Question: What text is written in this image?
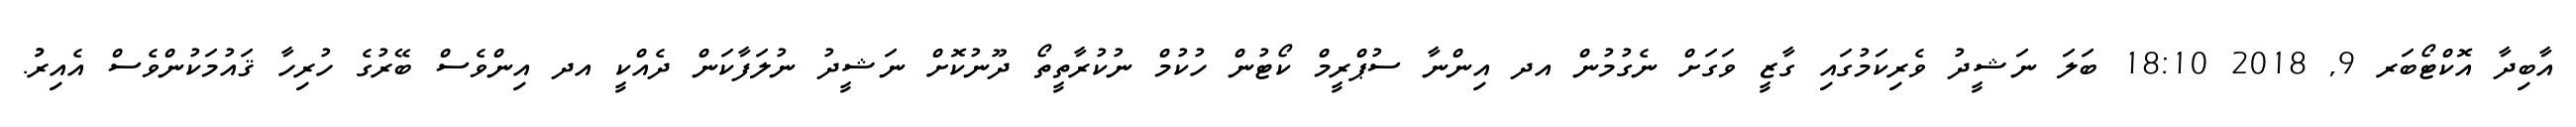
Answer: އާބިދާ އޮކްޓޯބަރ 9, 2018 18:10 ބަލަ ނަޝީދު ވެރިކަމުގައި ގާޒީ ވަގަށް ނެގުމުން އދ އިންނާ ސުޕްރީމް ކޯޓުން ހުކުމް ނުކުރާތީތޯ ދޫނުކޮށް ނަޝީދު ނުލަފާކަން ދެއްކީ އދ އިންވެސް ބޭރުގެ ހުރިހާ ޤައުމަކުންވެސް އެއިރުު.